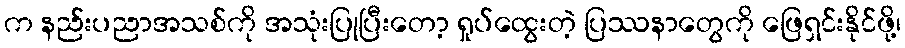
က နည်းပညာအသစ်ကို အသုံးပြုပြီးတော့ ရှုပ်ထွေးတဲ့ ပြဿနာတွေကို ဖြေရှင်းနိုင်ဖို့၊